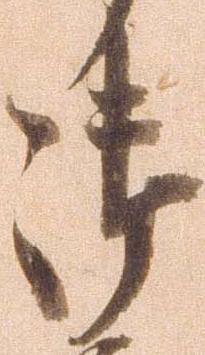
御